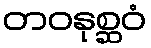
တဝနုစ္ဆဝံ